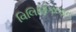
વિલિણિકરણના